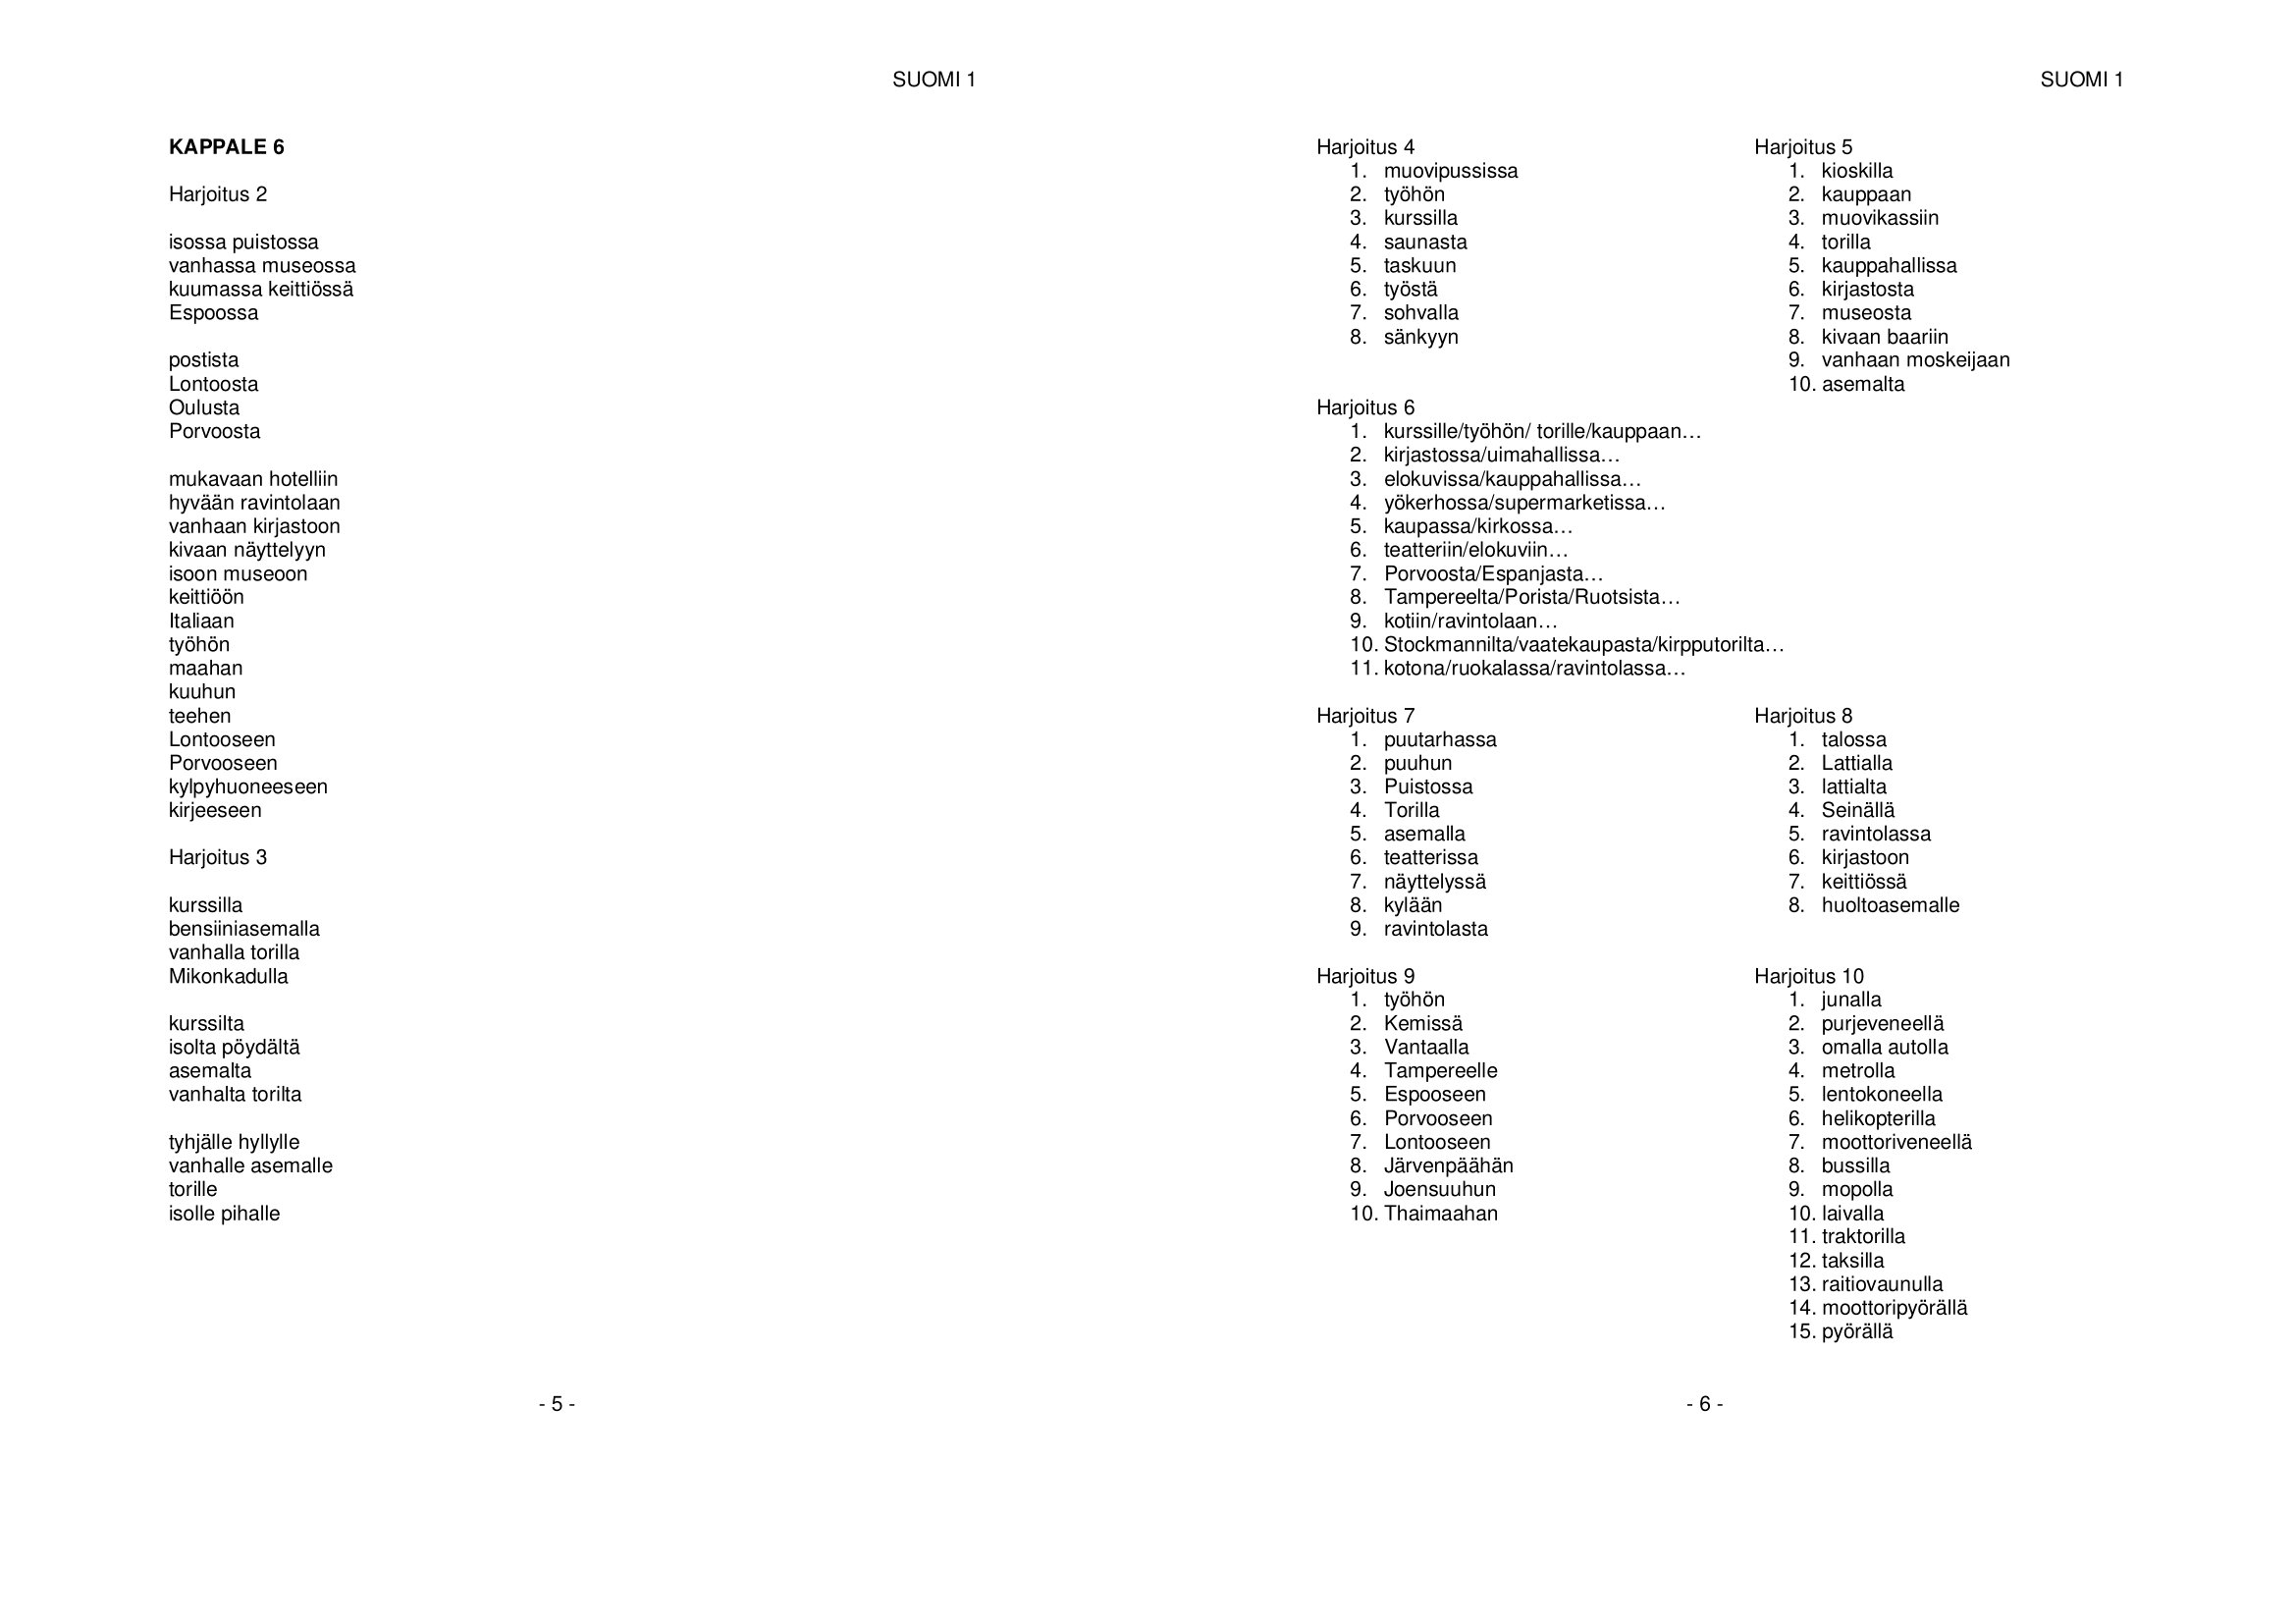
Language: fn